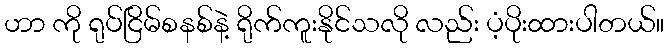
ဟာ ကို ရုပ်ငြိမ်စနစ်နဲ့ ရိုက်ကူးနိုင်သလို လည်း ပံ့ပိုးထားပါတယ်။